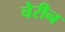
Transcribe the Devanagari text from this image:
चेरीन